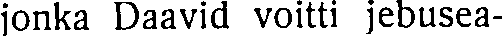
jonka Daavid voitti jebusea-